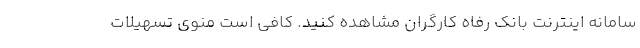
سامانه اینترنت بانک رفاه کارگران مشاهده کنید. کافی است منوی تسهیلات